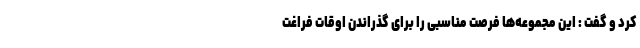
کرد و گفت : این مجموعه‌ها فرصت مناسبی را برای گذراندن اوقات فراغت